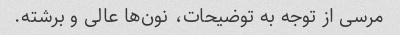
مرسی از توجه به توضیحات، نون‌ها عالی و برشته.